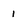
Character: 1